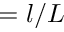
= l / L